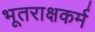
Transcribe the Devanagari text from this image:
भूतराक्षकर्म